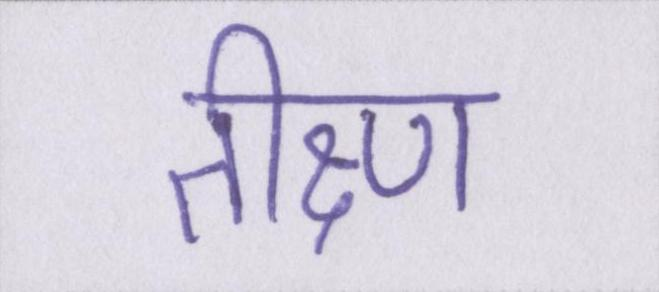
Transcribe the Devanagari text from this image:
तीक्ष्ण